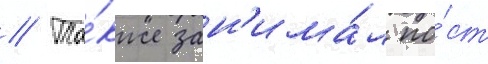
// Та́кже зан'има́л по́ст